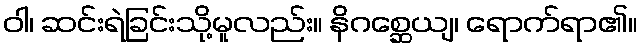
ဝါ၊ ဆင်းရဲခြင်းသို့မူလည်း။ နိဂစ္ဆေယျ၊ ရောက်ရာ၏။